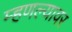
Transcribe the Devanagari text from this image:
म्हणल्यावर